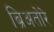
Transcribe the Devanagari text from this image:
ब्रिअतोरे